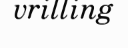
vrilling